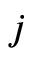
j